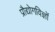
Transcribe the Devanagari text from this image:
प्रौद्योगविज्ञों